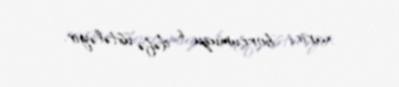
xarici borcumuzu 6 dəfə üstələyir.